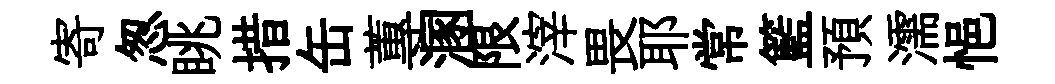
寄怱眺措缶蓴溷限滓畏耶常籃預濡悒